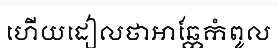
ហើយដៀលថាអាឆ្កែកំពូល